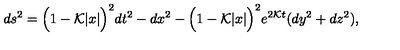
d s ^ { 2 } = \Big ( 1 - { \cal K } | x | \Big ) ^ { 2 } d t ^ { 2 } - d x ^ { 2 } - \Big ( 1 - { \cal K } | x | \Big ) ^ { 2 } e ^ { 2 { \cal K } t } ( d y ^ { 2 } + d z ^ { 2 } ) ,